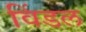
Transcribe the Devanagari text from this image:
विंडल